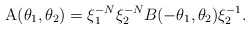
\begin{align*}{\rm A}(\theta _{1},\theta _{2})=\xi _{1}^{-N}\xi _{2}^{-N}B(-\theta_{1},\theta _{2})\xi _{2}^{-1}. \end{align*}